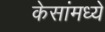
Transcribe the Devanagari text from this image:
केसांमध्ये